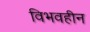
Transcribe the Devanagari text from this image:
विभवहीन